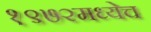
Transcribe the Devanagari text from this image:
१९७२मध्येच